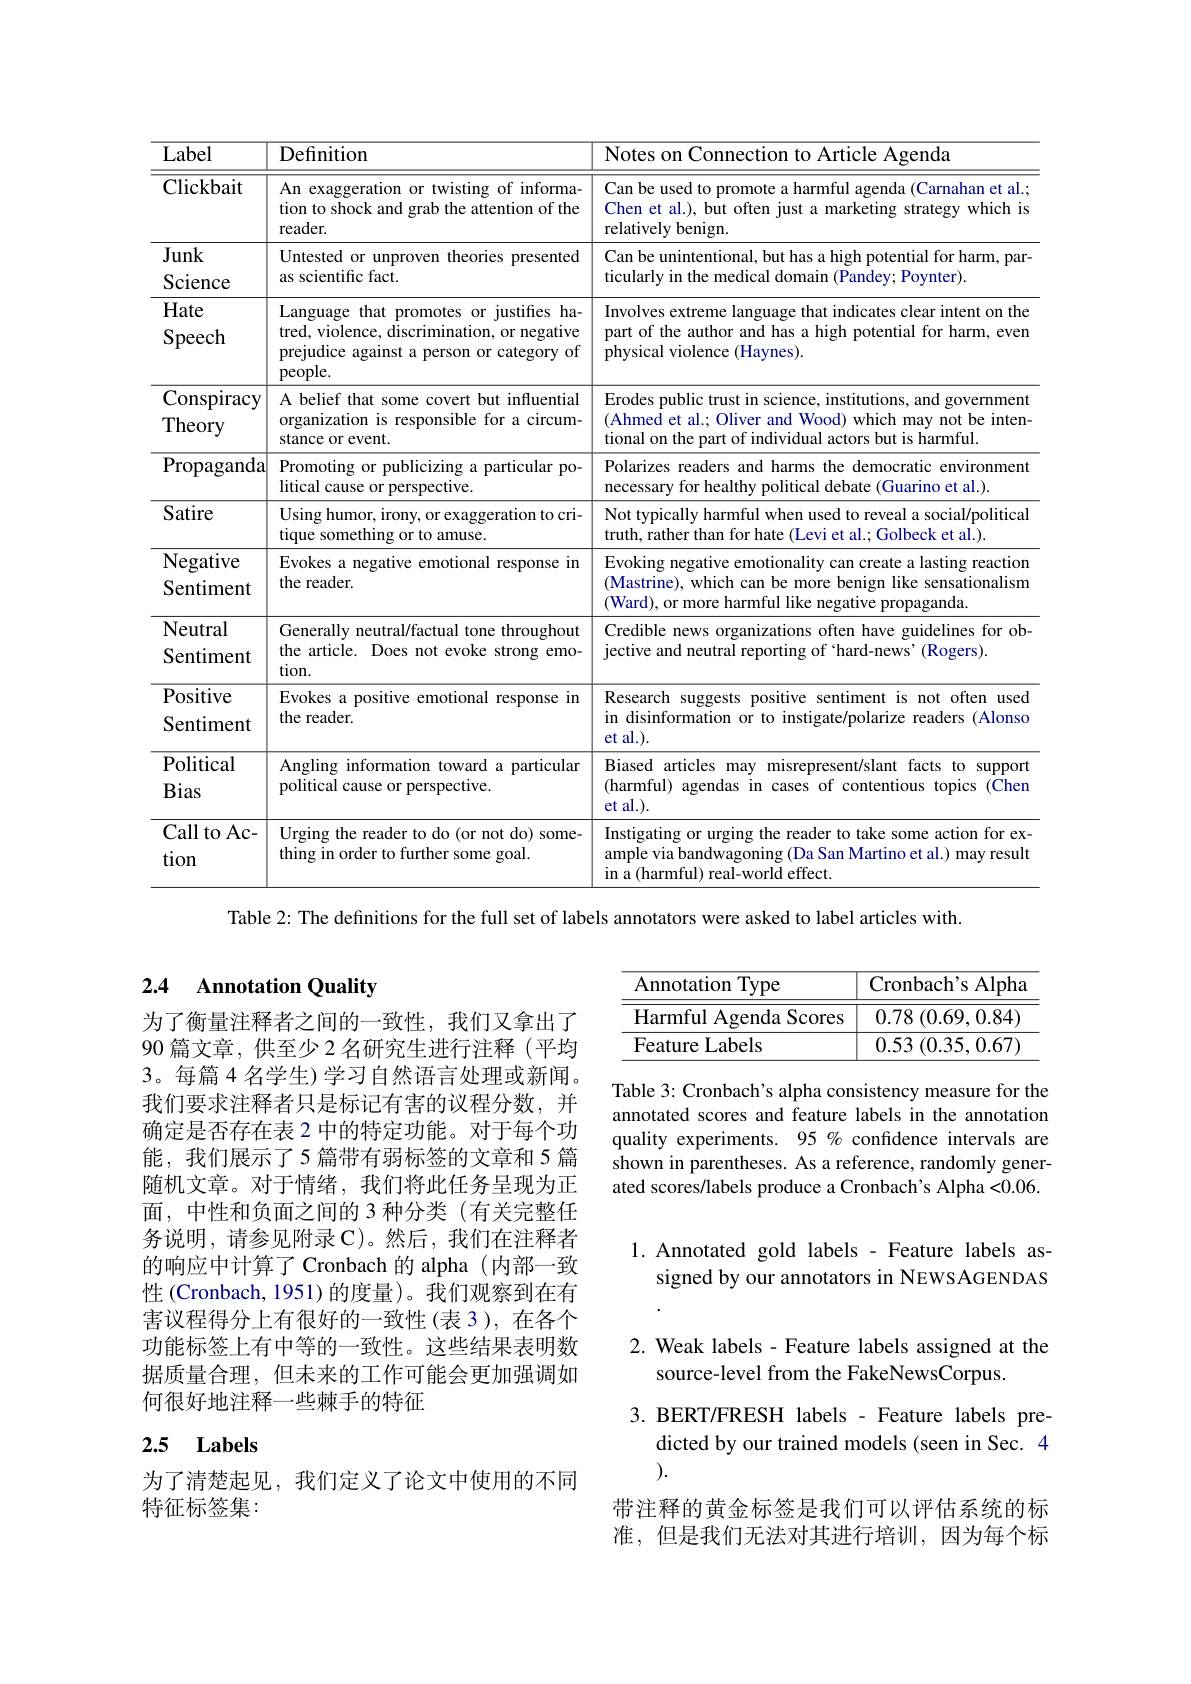
<table>
	<tbody>
		<tr>
			<th>Label</th>
			<th>Definition</th>
			<th>Notes on Connection to Article Agenda</th>
		</tr>
		<tr>
			<td>Clickbait</td>
			<td>An exaggeration or twisting of informa- tion to shock and grab the attention of the reader.</td>
			<td>Can be used to promote a harmful agenda (Carnahan et al.; Chen et al.), but often just a marketing strategy which is relatively benign.</td>
		</tr>
		<tr>
			<td>Junk Science</td>
			<td>Untested or unproven theories presented as scientific fact.</td>
			<td>Can be unintentional, but has a high potential for harm, par ticularly in the medical domain (Pandey; Poynter).</td>
		</tr>
		<tr>
			<td>Hate Speech</td>
			<td>Language that promotes or justifies ha- tred, violence, discrimination, or negative prejudice against a person or category of people.</td>
			<td>Involves extreme language that indicates clear intent on the part of the author and has a high potential for harm, even physical violence (Haynes).</td>
		</tr>
		<tr>
			<td>Conspiracy Theory</td>
			<td>A belief that some covert but influential organization is responsible for a circum- stance or event.</td>
			<td>Erodes public trust in science, institutions, and government (Ahmed et al.; Oliver and Wood) which may not be inten tional on the part of individual actors but is harmful.</td>
		</tr>
		<tr>
			<td>${\mathrm{Propaganda}}$</td>
			<td>Promoting or publicizing a particular po- litical cause or perspective.</td>
			<td>Polarizes readers and harms the democratic environment necessary for healthy political debate (Guarino et al.).</td>
		</tr>
		<tr>
			<td>Satire</td>
			<td>Using humor, irony, or exaggeration to cri- tique something or to amuse.</td>
			<td>Not typically harmful when used to reveal a social/political truth, rather than for hate (Levi et al.; Golbeck et al.).</td>
		</tr>
		<tr>
			<td>Negative Sentiment</td>
			<td>Evokes a negative emotional response in the reader.</td>
			<td>Evoking negative emotionality can create a lasting reaction (Mastrine), which can be more benign like sensationalism (Ward), or more harmful like negative propaganda.</td>
		</tr>
		<tr>
			<td>Neutral Sentiment</td>
			<td>Generally neutral/factual tone throughout the article. Does not evoke strong emo- tion.</td>
			<td>Credible news organizations often have guidelines for ob jective and neutral reporting of `hard-news' (Rogers).</td>
		</tr>
		<tr>
			<td>Positive Sentiment</td>
			<td>Evokes a positive emotional response in the reader.</td>
			<td>Research suggests positive sentiment is not often used in disinformation or to instigate/polarize readers (Alonso et al.).</td>
		</tr>
		<tr>
			<td>Political Bias</td>
			<td>Angling information toward a particular political cause or perspective</td>
			<td>Biased articles may misrepresent/slant facts to support (harmful) agendas in cases of contentious topics (Chen et al.).</td>
		</tr>
		<tr>
			<td>Call to Ac- tion</td>
			<td>Urging the reader to do (or not do) some- thing in order to further some goal.</td>
			<td>Instigating or urging the reader to take some action for ex ample via bandwagoning (Da San Martino et al.) may result in a (harmful) real-world effect.</td>
		</tr>
	</tbody>
</table>
Table 2: The definitions for the full set of labels annotators were asked to label articles with.

## 2.4 Annotation Quality

为了衡量注释者之间的一致性，我们又拿出了90 篇文章，供至少 2 名研究生进行注释 (平均3。每篇 4 名学生) 学习自然语言处理或新闻。我们要求注释者只是标记有害的议程分数，并确定是否存在表 2 中的特定功能。对于每个功能，我们展示了5 篇带有弱标签的文章和 5 篇随机文章。对于情绪，我们将此任务呈现为正面，中性和负面之间的 3 种分类(有关完整任务说明，请参见附录C)。然后，我们在注释者的响应中计算了 Cronbach 的 alpha(内部一致性 (Cronbach, 1951) 的度量)。我们观察到在有害议程得分上有很好的一致性(表 3),在各个功能标签上有中等的一致性。这些结果表明数据质量合理，但未来的工作可能会更加强调如何很好地注释一些棘手的特征

## 2.5 Labels

为了清楚起见，我们定义了论文中使用的不同
特征标签集：

<table>
	<tbody>
		<tr>
			<th>Annotation 1 Type</th>
			<th>Cronbac$h^{\prime }$s Alpha</th>
		</tr>
		<tr>
			<td>Harmful Agenda Scores</td>
			<td>0.78 (0.69,0.84)</td>
		</tr>
		<tr>
			<td>Feature Labels</td>
			<td>0.53 (0.35,0.67)</td>
		</tr>
	</tbody>
</table>

Table 3: Cronbach's alpha consistency measure for the annotated scores and feature labels in the annotation quality experiments. 95 % confidence intervals are shown in parentheses. As a reference, randomly generated scores/labels produce a Cronbach's Alpha <0.06.

## 1. Annotated gold labels - Feature labels assigned by our annotators in NEWSAGENDAS

## 2. Weak labels - Feature labels assigned at the source-level from the FakeNewsCorpus.

3. BERT/FRESH labels - Feature labels pre-
dicted by our trained models (seen in Sec. 4
).
带注释的黄金标签是我们可以评估系统的标准，但是我们无法对其进行培训，因为每个标